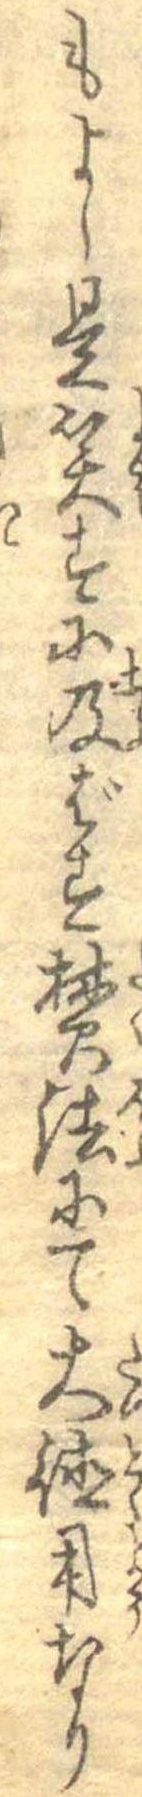
もよし是笑すに及ばす焚法にて大徳用なり